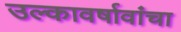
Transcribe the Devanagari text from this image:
उल्कावर्षावांचा